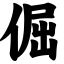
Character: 倔